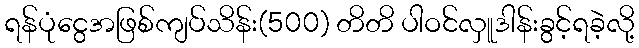
ရန်ပုံငွေအဖြစ်ကျပ်သိန်း(500) တိတိ ပါဝင်လှူဒါန်းခွင့်ရခဲ့လို့